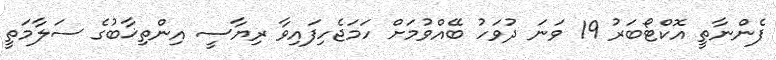
ފެންނާތީ އޮކްޓޯބަރު 19 ވަނަ ދުވަހު ބޭއްވުމަށް ހަމަޖެހިފައިވާ ރިޔާސީ އިންތިޚާބުގެ ސަލާމަތީ